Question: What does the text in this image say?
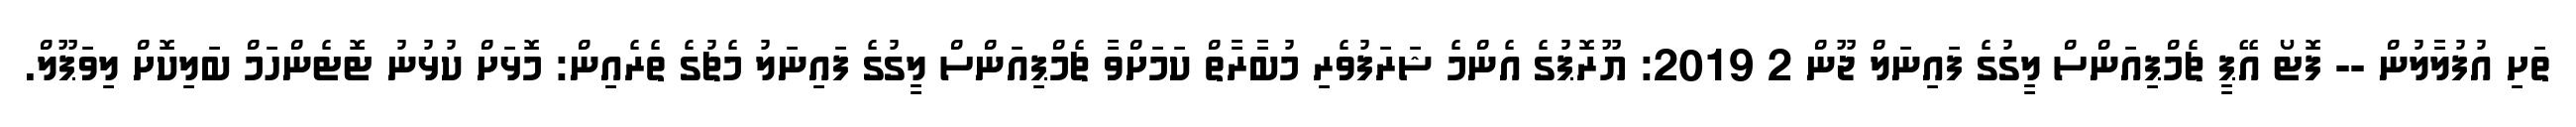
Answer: ތަށި އުފުލާލުން -- ފޮޓޯ އޭޕީ ޗެމްޕިއަންސް ލީގުގެ ފައިނަލް ޖޫން 2 2019: ޔޫރޮޕުގެ އެންމެ ޝަރަފުވެރި މުބާރާތް ކަމަށްވާ ޗެމްޕިއަންސް ލީގުގެ ފައިނަލު މެޗުގެ ތެރެއިން: މޮޅަށް ކުޅުނު ޓޮޓެންހަމް ބަލިކޮށް ލިވަޕޫލް.